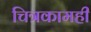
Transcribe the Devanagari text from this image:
चित्रकामही